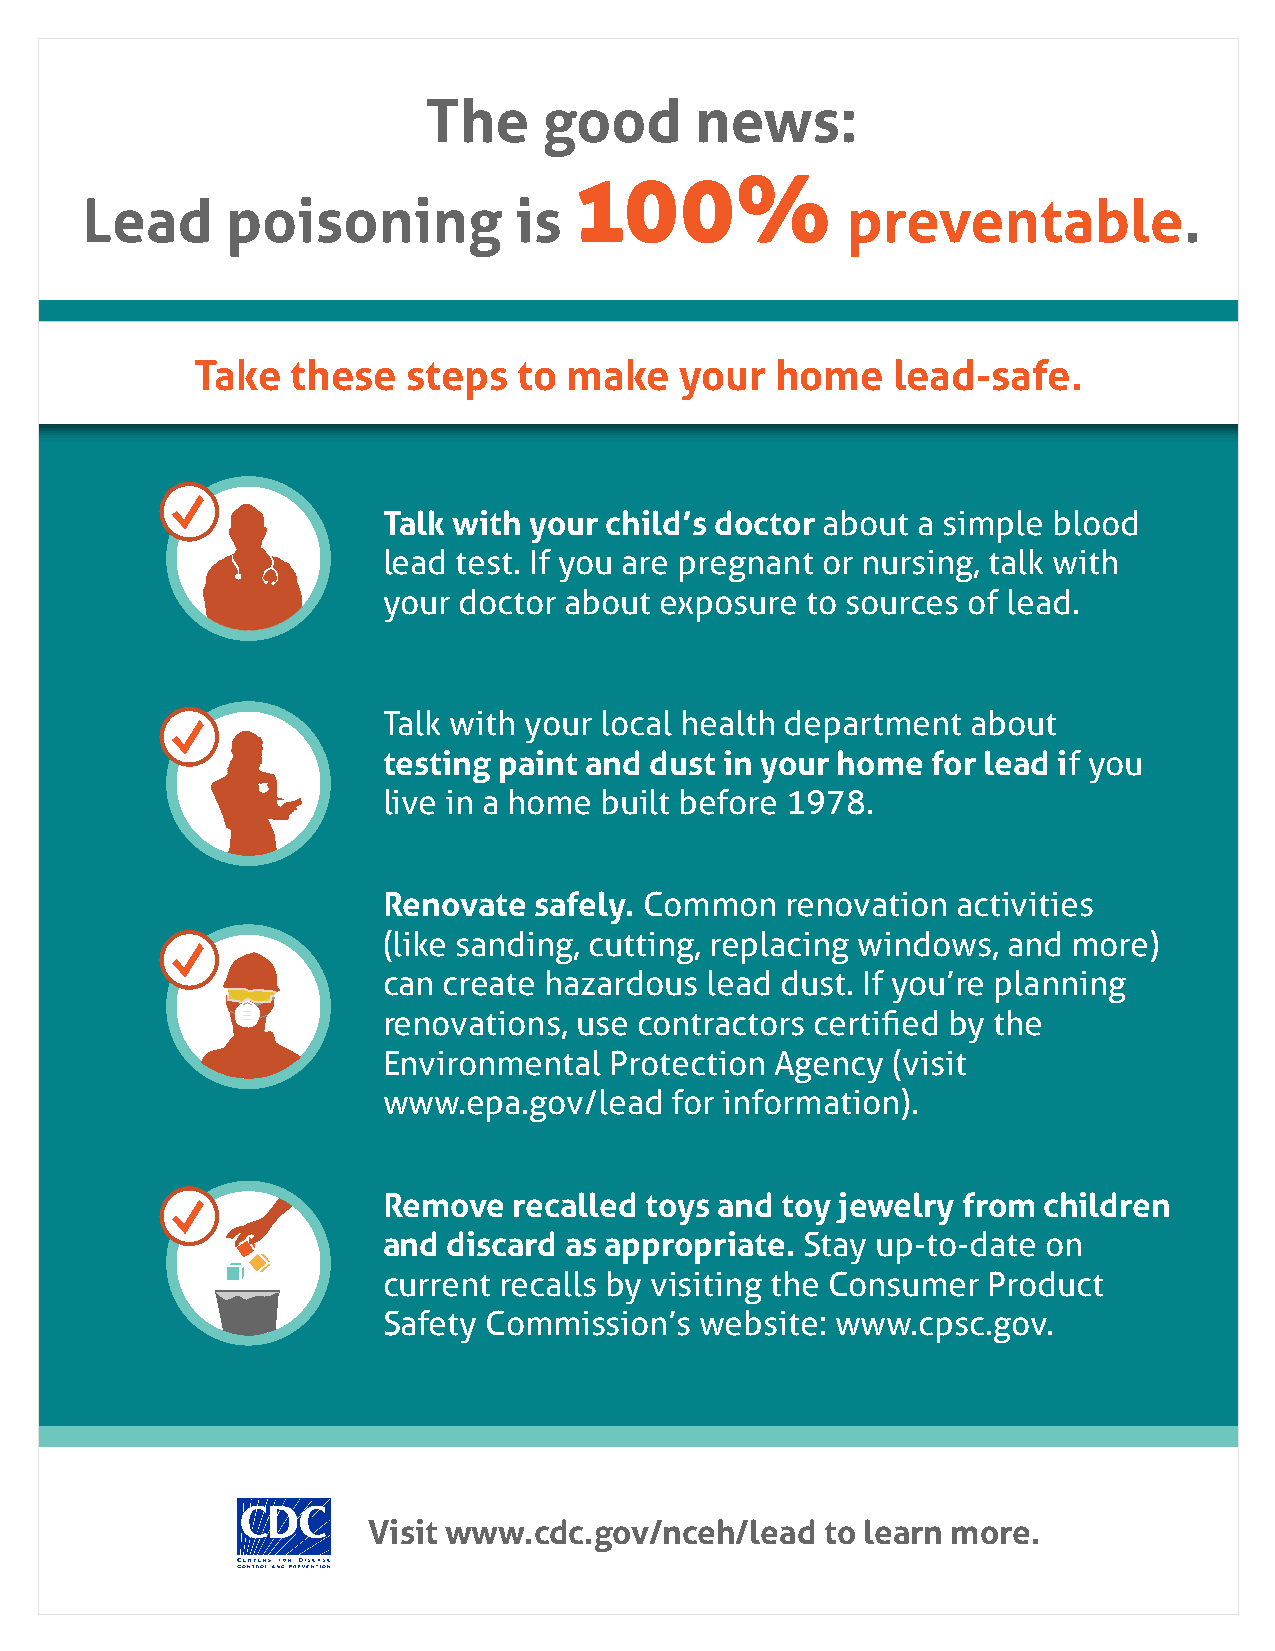
The     good      news:
 100%
 Lead      poisoning          is                    preventable.
 Take  these   steps  to  make   your  home    lead-safe.
 Talk with your child’s doctor about a simple blood
 lead test. If you are pregnant or nursing, talk with
 your doctor about  exposure to sources of lead.
 Talk with your local health department about
 testing paint and dust in your home  for lead if you
 live in a home built before 1978.
 Renovate  safely. Common   renovation activities
 (like sanding, cutting, replacing windows, and more)
 can create hazardous  lead dust. If you’re planning
 renovations, use contractors certified by the
 Environmental  Protection Agency  (visit
 www.epa.gov/lead   for information).
 Remove   recalled toys and toy jewelry from children
 and  discard as appropriate. Stay up-to-date on
 current recalls by visiting the Consumer Product
 Safety Commission’s  website: www.cpsc.gov.
 Visit www.cdc.gov/nceh/lead    to learn more.